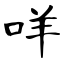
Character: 咩